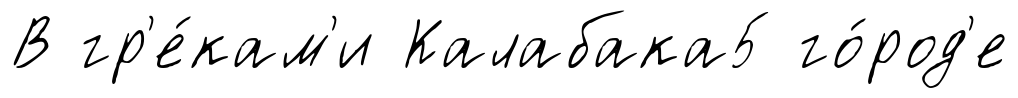
В гр'е́кам'и Калабака5 го́род'е